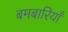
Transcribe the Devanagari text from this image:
बमबारियाँ